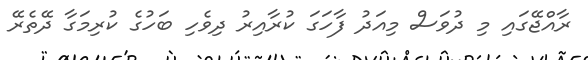
ރާއްޖޭގައި މި ދުވަސް މިއަދު ފާހަގަ ކުރާއިރު ދިވެހި ބަހުގެ ކުރިމަގާ ދޭތެރޭ